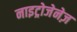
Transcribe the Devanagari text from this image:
नाइट्रोजेनेज़